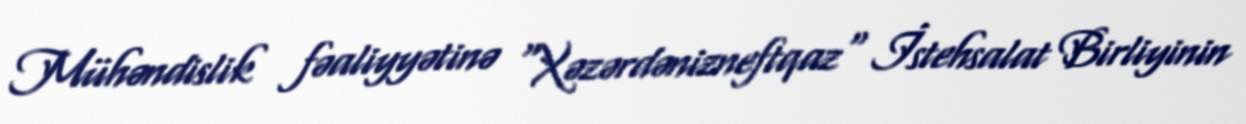
Mühəndislik fəaliyyətinə "Xəzərdənizneftqaz" İstehsalat Birliyinin